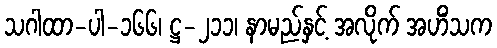
သဂါထာ-ပါ-၁၆၆၊ ဋ္ဌ-၂၁၁၊ နာမည်နှင့် အလိုက် အဟိံသက